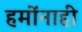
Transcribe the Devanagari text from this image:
हमोंनाही